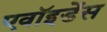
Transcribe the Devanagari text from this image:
एवॉइडेंस